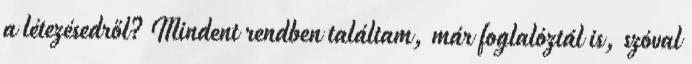
a létezésedről? Mindent rendben találtam, már foglalóztál is, szóval